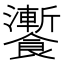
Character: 𩟗